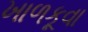
ખાળકૂવા